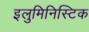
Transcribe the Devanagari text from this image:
इलुमिनिस्टिक